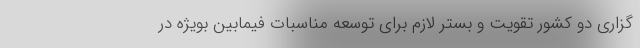
گزاری دو کشور تقویت و بستر لازم برای توسعه مناسبات فیمابین بویژه در